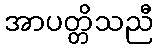
အာပတ္တိသညီ